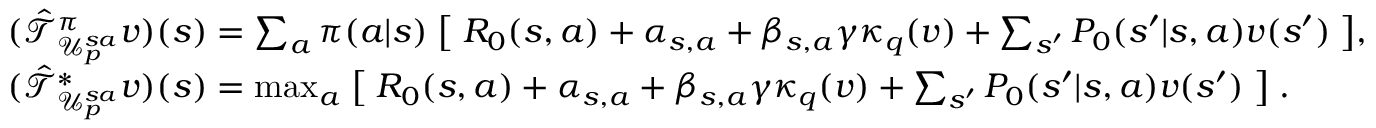
\begin{array} { r l } & { ( \Hat { \mathcal { T } } _ { \mathcal { U } _ { p } ^ { s a } } ^ { \pi } v ) ( s ) = \sum _ { a } \pi ( a | s ) \bigm [ R _ { 0 } ( s , a ) + \alpha _ { s , a } + \beta _ { s , a } \gamma \kappa _ { q } ( v ) + \sum _ { s ^ { \prime } } P _ { 0 } ( s ^ { \prime } | s , a ) v ( s ^ { \prime } ) \bigm ] , } \\ & { ( \Hat { \mathcal { T } } _ { \mathcal { U } _ { p } ^ { s a } } ^ { * } v ) ( s ) = \operatorname* { m a x } _ { a } \bigm [ R _ { 0 } ( s , a ) + \alpha _ { s , a } + \beta _ { s , a } \gamma \kappa _ { q } ( v ) + \sum _ { s ^ { \prime } } P _ { 0 } ( s ^ { \prime } | s , a ) v ( s ^ { \prime } ) \bigm ] . } \end{array}